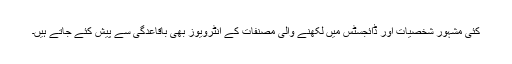
کئی مشہور شخصیات اور ڈائجسٹس میں لکھنے والی مصنفات کے انٹرویوز بھی باقاعدگی سے پیش کئے جاتے ہیں۔